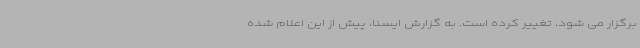
برگزار می شود، تغییر کرده است. به گزارش ایسنا، پیش از این اعلام شده